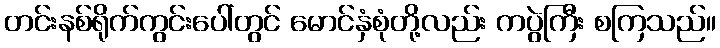
တင်းနစ်ရိုက်ကွင်းပေါ်တွင် မောင်နှံစုံတို့လည်း ကပွဲကြီး စကြသည်။